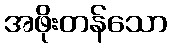
အဖိုးတန်သော